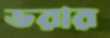
ডরার